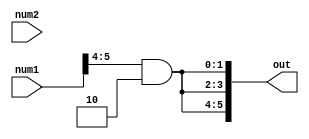
`timescale 1ns / 1ps

module concatenation(num1,num2,out);
    input [7:0] num1;
    input [7:0] num2;
    output [5:0] out;
    wire [3:0] t1;
    wire [3:0] t2;
    wire [7:0] t3;
    wire [1:0] t4;
    wire [1:0] t5;
    parameter case1 = 2'b10;
    
    assign t1=num1[7:4];
    assign t2=num2[3:0];
    assign t3={t1,t2};
    assign t4=t3[5:4];
    assign t5=t4 & case1;
    assign out={3{t5}};
    
endmodule